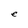
Character: e